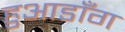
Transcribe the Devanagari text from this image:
हुआडाँग